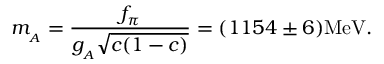
m _ { _ A } = \frac { f _ { \pi } } { g _ { _ A } \sqrt { c ( 1 - c ) } } = ( 1 1 5 4 \pm 6 ) \mathrm { M e V } .